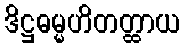
ဒိဋ္ဌဓမ္မဟိတတ္ထာယ